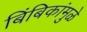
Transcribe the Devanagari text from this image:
बिंबिकांमुळे